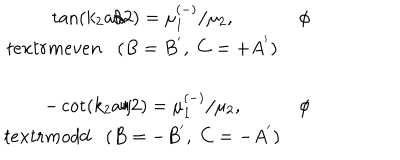
LaTeX: \begin{array} { c c } { { } } & { { } } \\ { { \tan \left( k _ { 2 } a / 2 \right) = \mu _ { 1 } ^ { \left( - \right) } / \mu _ { 2 } , } } & { { \phi } } \\ { { t e x t r m { e v e n } ( B = B ^ { ^ { \prime } } , \; C = + A ^ { ^ { \prime } } ) } } \\ { { } } & { { } } \\ { { - \cot \left( k _ { 2 } a / 2 \right) = \mu _ { 1 } ^ { \left( - \right) } / \mu _ { 2 } , } } & { { \phi } } \\ { { t e x t r m { o d d } ( B = - B ^ { ^ { \prime } } , \; C = - A ^ { ^ { \prime } } ) } } \\ \end{array}